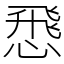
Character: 𢝵